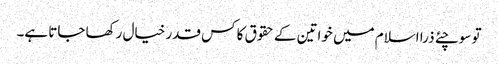
تو سوچئے ذرا اسلام میں خواتین کے حقوق کا کس قدر خیال رکھا جاتا ہے۔